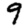
Digit: 9